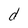
Character: d